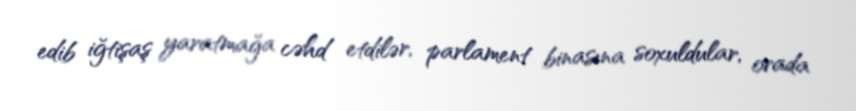
edib iğtişaş yaratmağa cəhd etdilər, parlament binasına soxuldular, orada